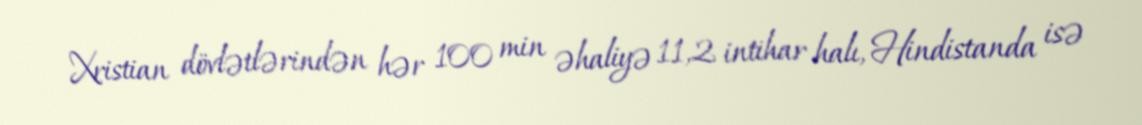
Xristian dövlətlərindən hər 100 min əhaliyə 11,2 intihar halı, Hindistanda isə